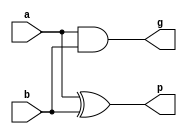
module cla_slice_part(g,p,a,b);
 input a, b;

 output g; // Generate
 output p; // Propagate

 /// Generate
 assign g = a & b;

 /// Propagate
 assign p = a ^ b;
endmodule


module CarryPropagateGenerateUnit( g,p,a,b);

	input  [15:0] a,b;
	output [15:0] g,p;


	cla_slice_part s0(g[0],p[0],a[0],b[0]);
	cla_slice_part s1(g[1],p[1],a[1],b[1]);
	cla_slice_part s2(g[2],p[2],a[2],b[2]);
	cla_slice_part s3(g[3],p[3],a[3],b[3]);
	cla_slice_part s4(g[4],p[4],a[4],b[4]);
	cla_slice_part s5(g[5],p[5],a[5],b[5]);
	cla_slice_part s6(g[6],p[6],a[6],b[6]);
	cla_slice_part s7(g[7],p[7],a[7],b[7]);
	cla_slice_part s8(g[8],p[8],a[8],b[8]);
	cla_slice_part s9(g[9],p[9],a[9],b[9]);
	cla_slice_part s10(g[10],p[10],a[10],b[10]);
	cla_slice_part s11(g[11],p[11],a[11],b[11]);
	cla_slice_part s12(g[12],p[12],a[12],b[12]);
	cla_slice_part s13(g[13],p[13],a[13],b[13]);
	cla_slice_part s14(g[14],p[14],a[14],b[14]);
	cla_slice_part s15(g[15],p[15],a[15],b[15]);
 
endmodule

module SixteenBitSummationUnit(sum,p,carry,cin);
  input [14:0] carry;
  input cin;
  input [15:0] p;
  output [15:0] sum;
	
  assign sum[0] = p[0] ^ cin;
  assign sum[1] = p[1] ^ carry[0];
  assign sum[2] = p[2] ^ carry[1];
  assign sum[3] = p[3] ^ carry[2];
  assign sum[4] = p[4] ^ carry[3];
  assign sum[5] = p[5] ^ carry[4];
  assign sum[6] = p[6] ^ carry[5];
  assign sum[7] = p[7] ^ carry[6];
  assign sum[8] = p[8] ^ carry[7];
  assign sum[9] = p[9] ^ carry[8];
  assign sum[10] = p[10] ^ carry[9];
  assign sum[11] = p[11] ^ carry[10];
  assign sum[12] = p[12] ^ carry[11];
  assign sum[13] = p[13] ^ carry[12];
  assign sum[14] = p[14] ^ carry[13];
  assign sum[15] = p[15] ^ carry[14];
 
endmodule

module four_bit_block_cla(P,G,carry,p,g,cin);
	input [3:0] p,g;
	input cin;
	output [2:0] carry;
	output P,G;
 
	assign	carry[0] = 	g[0] |
											cin & p[0];
	assign	carry[1] =  g[1] |
											g[0] & p[1] |
											cin  &  p[0] & p[1];
	assign	carry[2] =  g[2] |
											g[1] & p[2] |
											g[0] & p [1] & p[2] |
											cin  & p[0] & p[1] & p[2];
		 
	assign	P = p[0] & p[1] & p[2] & p[3];
		 
	assign	G = g[3] | 
							g[2] & p[3] |
							g[1] & p[2] & p[3] |
							g[0] & p[1] & p[2] & p[3];
							
endmodule

module cla_16_two_level(sum,cout,a,b,cin);

	input [15:0] a, b;
	input cin;
	output [15:0] sum;
	output  cout;
	wire [15:0]   g, p,carry; //we dont assign carry[15] ..cout
 
	wire [3:0]  G,P;
 

	assign carry[3]  = G[0] | cin & P[0];
	assign carry[7]  = G[1] | G[0] & P[1] | cin & P[0] & P[1]; 
	assign carry[11] = G[2] |
										 G[1] & P[2] |
										 G[0] & P[1] & P[2] | 
										 cin  & P[0] & P[1] & P[2];
	// this is carry[15]
	assign cout = G[3] |
								G[2] & P[3] |
								G[1] & P[2] & P[3] |
								G[0] & P[1] & P[2] & P[3] |
								cin   & P[0] & P[1] & P[2] & P[3];
	CarryPropagateGenerateUnit   CPGU( g,p,a,b);
 
	four_bit_block_cla FBBC0(P[0],G[0],carry[2:0],p[3:0],g[3:0],cin);     
	four_bit_block_cla FBBC1(P[1],G[1],carry[6:4],p[7:4],g[7:4],carry[3]);   
	four_bit_block_cla FBBC2(P[2],G[2],carry[10:8],p[11:8],g[11:8],carry[7]);
	four_bit_block_cla FBBC3(P[3],G[3],carry[14:12],p[15:12],g[15:12],carry[11]); 

	SixteenBitSummationUnit TTBSU(sum,p,carry[14:0],cin);
 
endmodule